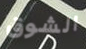
الشوق